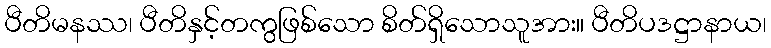
ပီတိမနဿ၊ ပီတိနှင့်တကွဖြစ်သော စိတ်ရှိသောသူအား။ ပီတိပဒဋ္ဌာနာယ၊